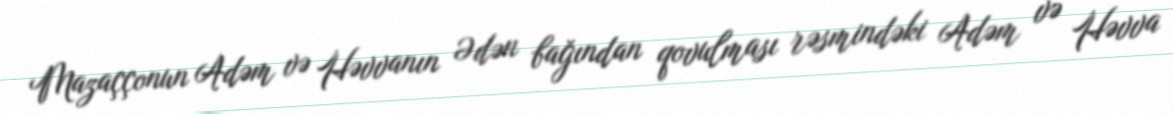
Mazaççonun Adəm və Həvvanın Ədən bağından qovulması rəsmindəki Adəm və Həvva